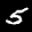
Label: 5